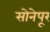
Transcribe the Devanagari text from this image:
सोनेपूर